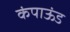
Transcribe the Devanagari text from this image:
कंपाऊंड